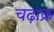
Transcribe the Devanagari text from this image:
चढ़ाक्र